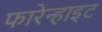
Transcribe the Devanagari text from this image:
फारेन्हाइट